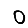
Digit: 0